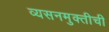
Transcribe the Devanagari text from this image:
व्यसनमुक्तीची